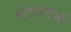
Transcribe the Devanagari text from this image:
षट्संदर्भ